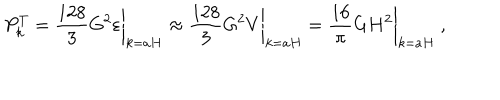
P _ { k } ^ { T } = \left. \frac { 1 2 8 } { 3 } G ^ { 2 } \varepsilon \right| _ { k = a H } \approx \left. \frac { 1 2 8 } { 3 } G ^ { 2 } V \right| _ { k = a H } = \left. \frac { 1 6 } { \pi } G H ^ { 2 } \right| _ { k = a H } ~ ,